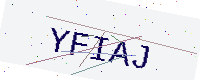
Text: YFIAJ